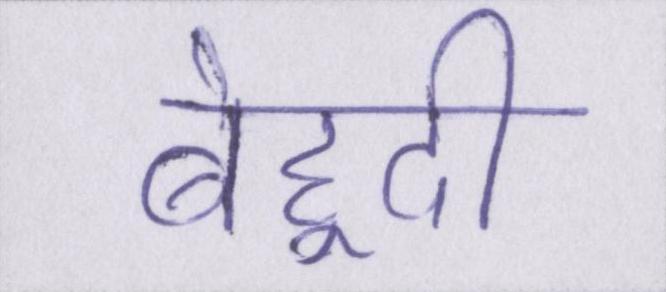
बेहूदी